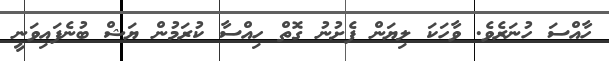
ހާއްސަ ހުނަރެވެ. ވާހަކަ ލިޔަން ފެށުނު ގޮތް ހިއްސާ ކުރަމުން ޔަޝް ބުނެފައިވަނީ